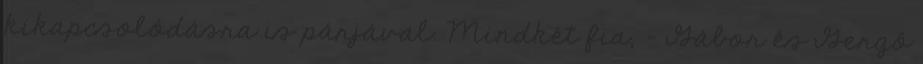
kikapcsolódásra is párjával. Mindkét fia, - Gábor és Gergő